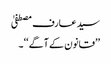
سید عارف مصطفیٰ
’’قانون کے آگے ‘‘۔